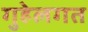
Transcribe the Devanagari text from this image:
गुहेलगत